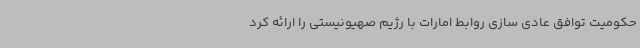
حکومیت توافق عادی سازی روابط امارات با رژیم صهیونیستی را ارائه کرد